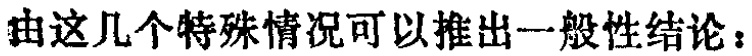
由这几个特殊情况可以推出一般性结论：